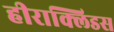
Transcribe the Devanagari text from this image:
हीराक्लिडस